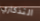
التذكاري